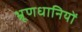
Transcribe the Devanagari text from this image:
भ्रूणधानियों